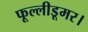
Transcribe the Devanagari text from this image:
फूल्लीडूमर।